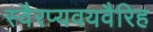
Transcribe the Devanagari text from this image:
स्वैरप्यवयवैरिह